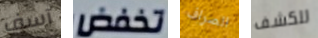
آسف تخفض الصراف للكشف